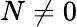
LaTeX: N\ne 0